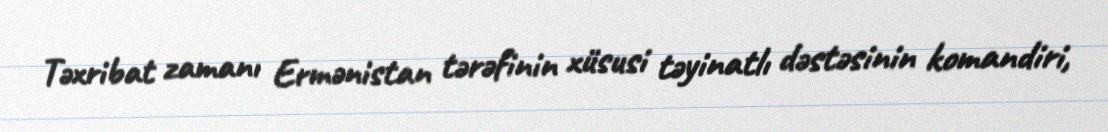
Təxribat zamanı Ermənistan tərəfinin xüsusi təyinatlı dəstəsinin komandiri,